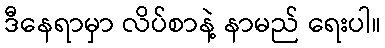
ဒီနေရာမှာ လိပ်စာနဲ့ နာမည် ရေးပါ။